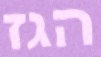
הגז